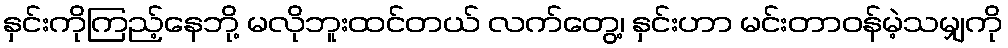
နှင်းကိုကြည့်နေဘို့ မလိုဘူးထင်တယ် လက်တွေ့၊ နှင်းဟာ မင်းတာဝန်မဲ့သမျှကို